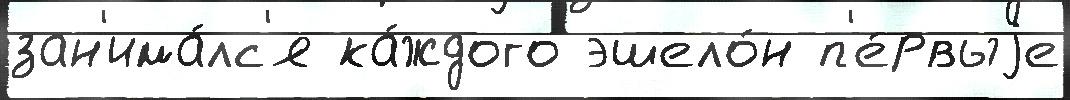
зан'има́лс'я ка́ждого эшело́н п'е́рвыjе